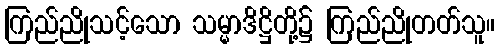
ကြည်ညိုသင့်သော သမ္မာဒိဋ္ဌိတို့၌ ကြည်ညိုတတ်သူ။